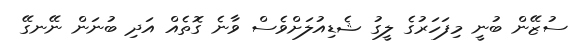
ސުޒޭން ބުނީ މިފަހަރުގެ ލީގު ޝެޑިއުލަށްވެސް ވާނެ ގޮތެއް އަދި ބުނަން ނޭނގޭ